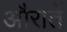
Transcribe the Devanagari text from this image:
औरातें